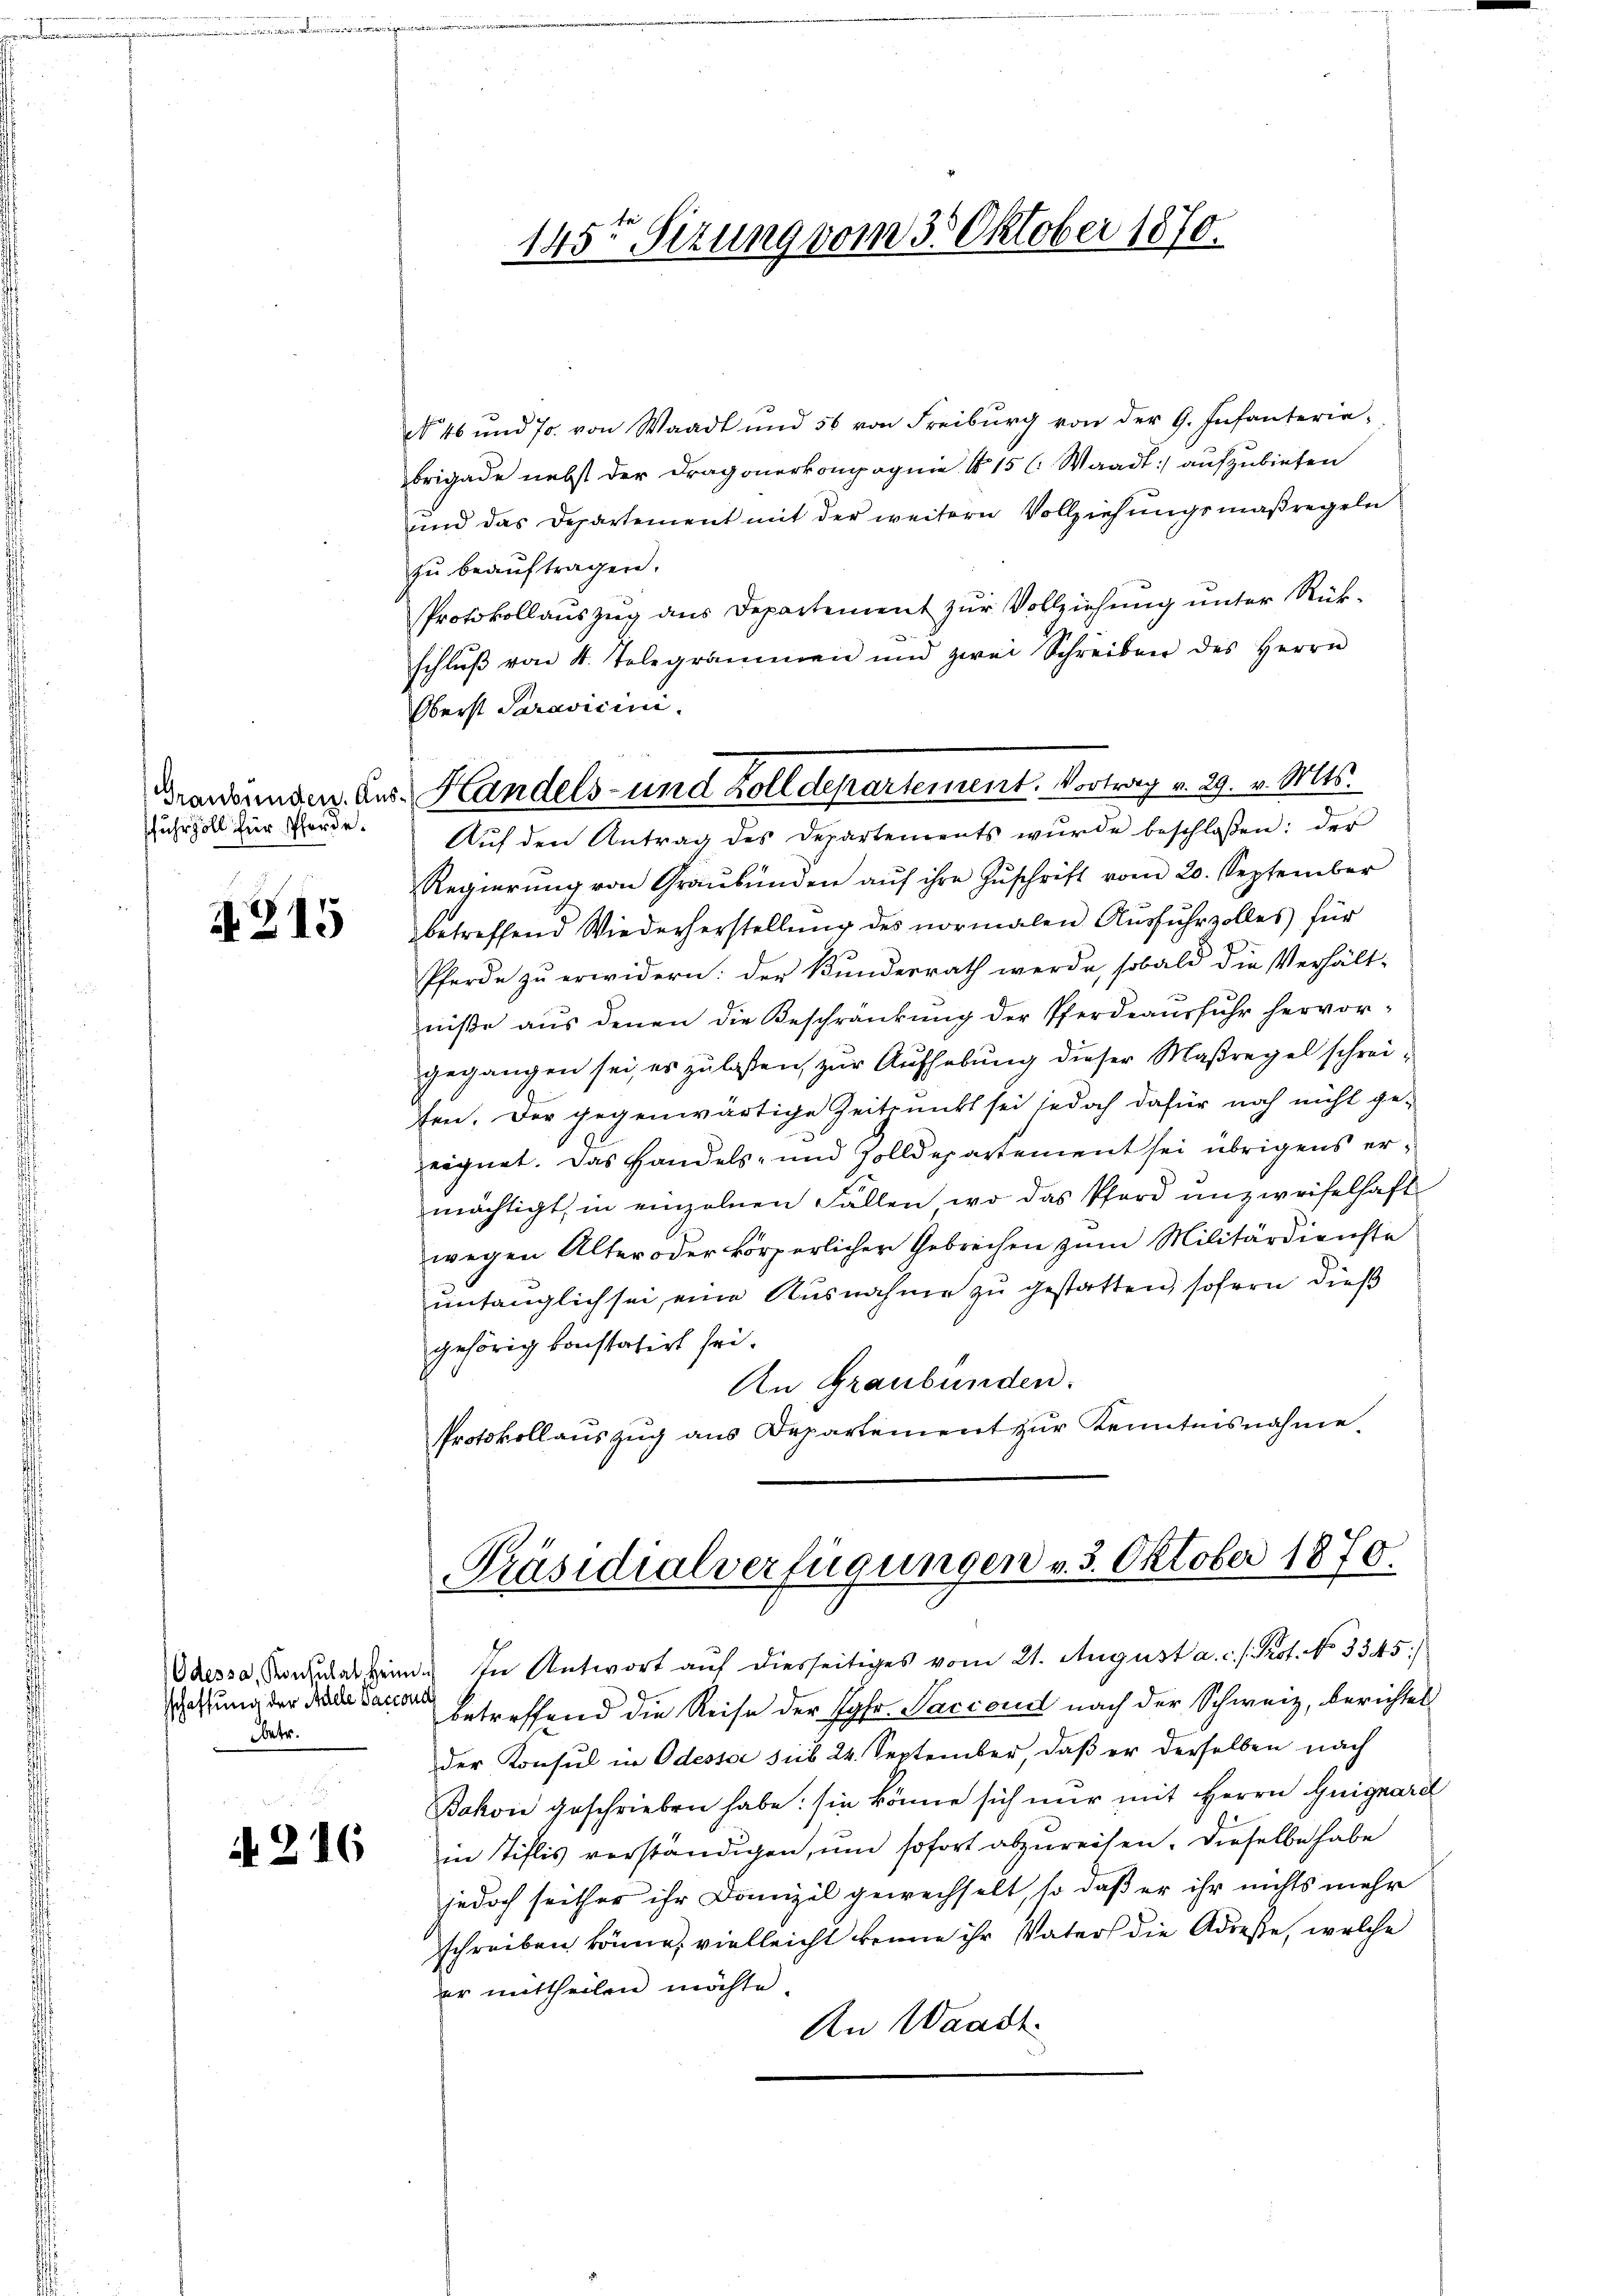
fuhrzöll für Pferde.

4215

sschaffung der Adele Saccons
Obetr.

No. 216

te
145. Sizung vom 3. Oktober 1870.

No 46 und 70. von Waadt und 56 von Freiburg von der G. Infanterie-
brigade nebst der Dragonerkompagnie No 15 l. Waadt aufzubieten
und das Departement mit der weitere Vollziehungsmaßregeln
zu beauftragen.
Protokollauszug aus Departement zur Vollziehung unter Rückschlŭβ von 4. Telegrammen und zwei Schreiben des Herrn
Oberst Saravicini.
Auf den Antrag des Departements wurde beschlossen: der
Regierŭng von Graubünden aŭf ihre Zŭschrift vom 20. September
betreffend Wiederherstellung des vormalen Ausfuhrzolles für
Pferde zu erwidern: der Bundesrath werde, sobald die Verhält-
niβe aŭs denen die Beschränkung der Pferdeaŭsfŭhr hervor-
gegangen sei, es zulassen, zur Aufhebung dieser Maßregel schreifen. Der gegenwärtige Zeitpunkt sei jedoch dafür noch nicht ge-
eignet. Das Handels- und Zolldepartement sei übrigens ermächtigt, in einzelnen Fällen, wo das Pfarr unzweifelhaft
wegen Alter oder körperlicher Gebrechen zum Militärdienste
untauglich sei, eine Ausnahme zu gestatten, sofern dieß
gehörig konstatirt sei.
An Graubünden.
Protokollauszug aus Departement zur Kenntnisnahme.

Brandenden aus Handels- und Zolldepartement. Vortrag v. 29. v. Mts.

Präsidialverfügungen v. 3. Oktober 1870.

Odessa, Nordatsein. In Antwort auf diesseitiges vom 21. August a. c. . Prof. No 3345/
betreffend die Reise der Jgfr. Saccoud nach der Schweiz, berichtet
der Konsul in Odessor sieb 24. September, daβ er derselben nach
Bakon geschrieben habe: sie könne sich nur mit Herrn Guignarel
in Tiflis verständigen, um sofort abzureisen. Dieselbe habe
jedoch seither ihr Domizil gewechselt, so daß er ihr nichts mehr
schreiben könne, vielleicht kenne ihr Vaters die Adresse, welche
er mittheilen möchte.
An Waadt